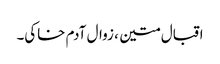
اقبال متین ، زوال آدم خاکی۔